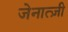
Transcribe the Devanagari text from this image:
जेनात्ज़ी